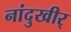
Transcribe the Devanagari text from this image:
नांदुखीर्